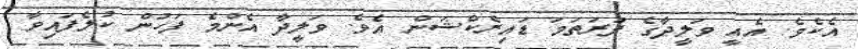
އެކެވެ. އެއީ ވަލީދާގެ ފުރަތަމަ ޑައިރެކްޝަން އެވެ. ވަލީދާ އެންމެ ފަހުން ކުލެފައިވާ